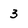
Character: 3